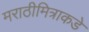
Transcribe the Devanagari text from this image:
मराठीमित्राकडे